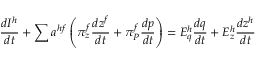
{ \frac { d I ^ { h } } { d t } } + \sum a ^ { h f } \left( \pi _ { z } ^ { f } { \frac { d z ^ { f } } { d t } } + \pi _ { P } ^ { f } { \frac { d p } { d t } } \right) = E _ { q } ^ { h } { \frac { d q } { d t } } + E _ { z } ^ { h } { \frac { d z ^ { h } } { d t } }